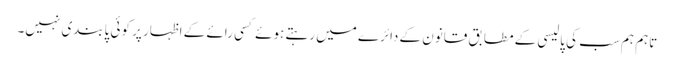
تاہم ہم سب کی پالیسی کے مطابق قانون کے دائرے میں رہتے ہوئے کسی رائے کے اظہار پر کوئی پابندی نہیں۔